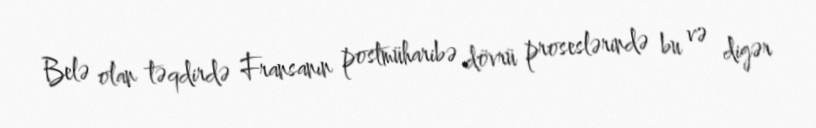
Belə olan təqdirdə Fransanın postmüharibə dövrü proseslərində bu və digər